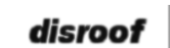
disroof